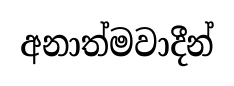
අනාත්මවාදීන්